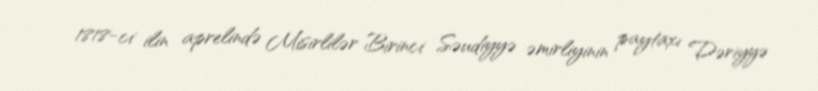
1818-ci ilin aprelində Misirlilər Birinci Səudiyyə əmirliyinin paytaxı Dəriyyə